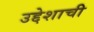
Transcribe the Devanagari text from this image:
उद्देशाची